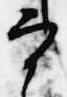
宰